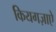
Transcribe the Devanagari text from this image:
कियगज़ाएे